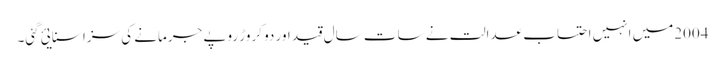
2004میں انہیں احتساب عدالت نے سات سال قید اور دو کروڑ روپے جرمانے کی سزا سنایئ گئی۔